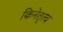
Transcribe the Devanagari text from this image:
किनेतृत्व